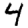
Digit: 4